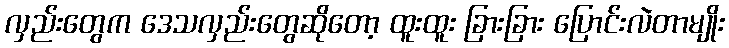
လှည်းတွေက ဒေသလှည်းတွေဆိုတော့ ထူးထူး ခြားခြား ပြောင်းလဲတာမျိုး